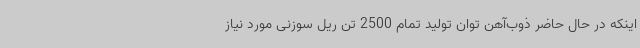
اینکه در حال حاضر ذوب‌آهن توان تولید تمام 2500 تن ریل سوزنی مورد نیاز